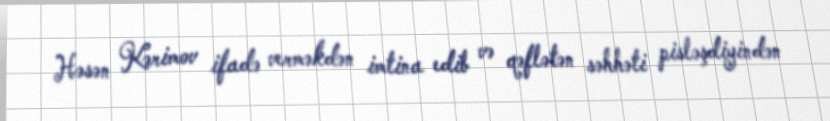
Həsən Kərimov ifadə verməkdən imtina edib və qəflətən səhhəti pisləşdiyindən